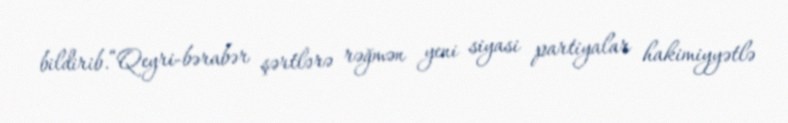
bildirib.“Qeyri-bərabər şərtlərə rəğmən yeni siyasi partiyalar hakimiyyətlə